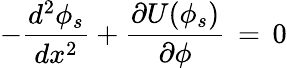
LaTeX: -\frac{d^{2}\phi_{s}}{dx^{2}}+\frac{\partial U(\phi_{s})}{\partial\phi}\, =\, 0